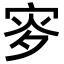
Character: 𡨝